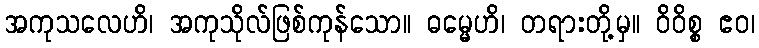
အကုသလေဟိ၊ အကုသိုလ်ဖြစ်ကုန်သော။ ဓမ္မေဟိ၊ တရားတို့မှ။ ဝိဝိစ္စ ဧဝ၊